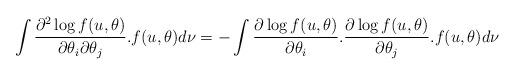
LaTeX: \begin{align*}\int \frac{\partial^2 \log f(u, \theta)}{\partial \theta_i\partial \theta_j} . f(u,\theta)d\nu=-\int \frac{\partial \log f(u, \theta)}{\partial \theta_i} .\frac{ \partial \log f(u, \theta) }{\partial \theta_j} . f(u,\theta)d\nu\end{align*}